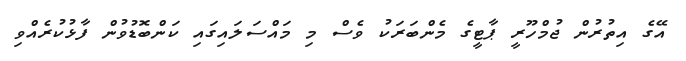
އޭގެ އިތުރުން ޖުމްހޫރީ ޕާޓީގެ މެންބަރަކު ވެސް މި މައްސަލައިގައި ކަންބޮޑުވުން ފާޅުކުރެއްވި